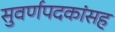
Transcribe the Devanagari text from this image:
सुवर्णपदकांसह